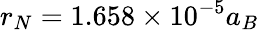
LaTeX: r_{N}=1.658\times 10^{-5}a_{B}